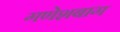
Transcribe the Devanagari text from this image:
गणेशबाग